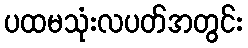
ပထမသုံးလပတ်အတွင်း